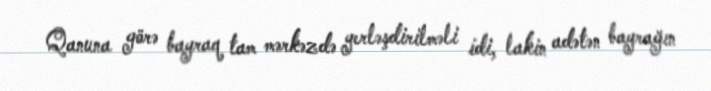
Qanuna görə bayraq tam mərkəzdə yerləşdirilməli idi, lakin adətən bayrağın